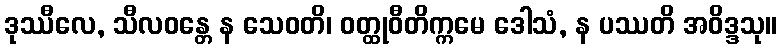
ဒုဿီလေ, သီလဝန္တေ န သေဝတိ၊ ဝတ္ထုဝီတိက္ကမေ ဒေါသံ, န ပဿတိ အဝိဒ္ဒသု။